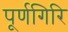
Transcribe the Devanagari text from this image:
पूर्णगिरि